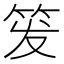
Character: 𬔹